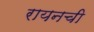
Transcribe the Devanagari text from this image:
रायनची